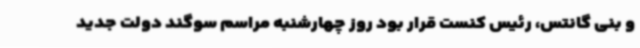
و بنی گانتس، رئیس کنست قرار بود روز چهارشنبه مراسم سوگند دولت جدید